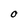
Character: O